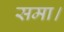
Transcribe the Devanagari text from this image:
समा।